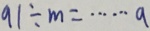
9 1 \div m = \cdots a